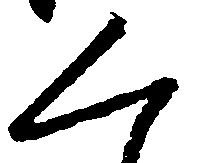
く